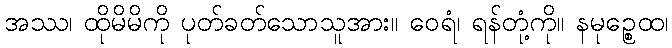
အဿ၊ ထိုမိမိကို ပုတ်ခတ်သောသူအား။ ဝေရံ၊ ရန်တုံ့ကို။ နမုဉ္စေထ၊